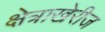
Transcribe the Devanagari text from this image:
क्षेत्राखेरीज